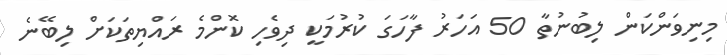
މިނިވަންކަން ލިބުނުތާ 50 އަހަރު ފާހަގަ ކުރުމަކީ ދިވެހި ކޮންމެ ރައްޔިތަކަށް ލިބޭނެ